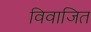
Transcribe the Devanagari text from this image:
विवाजित